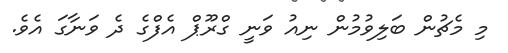
މި މެޗުން ބަލިވުމުން ނިއު ވަނީ ގްރޫޕް އެފްގެ ދެ ވަނާގަ އެވެ.